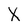
Character: X